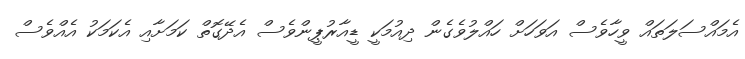
އެމައްސަލަތައް ވީހާވެސް އަވަހަށް ހައްލުވެގެން ދިއުމަކީ ޑީއާރުޕީންވެސް އެދޭގޮތް ކަމަށާއި އެކަމަކު އެއްވެސް